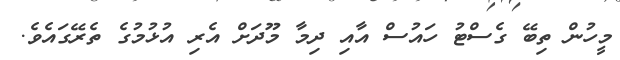
މީހުން ތިބޭ ގެސްޓު ހައުސް އާއި ދިމާ މޫދަށް އެރި އުޅުމުގެ ތެރޭގައެވެ.